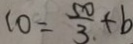
1 0 = \frac { 5 0 } { 3 } + b